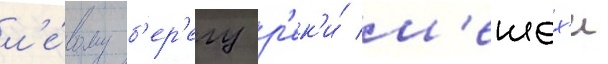
л'е́вому б'ер'егу р'ек'и́ м'ешех'и